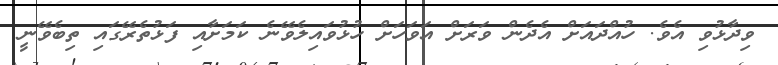
ވިދާޅުވި އެވެ. ހުއްދައަށް އެދެން ވަރަށް އަވަހަށް ހުޅުވައިލެވޭނެ ކަމަށާއި ފަޅުތެރޭގައި ތިބެވޭނީ